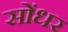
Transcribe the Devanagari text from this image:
सोंधर